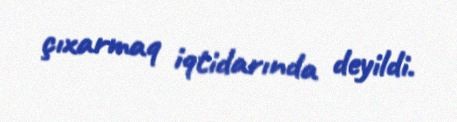
çıxarmaq iqtidarında deyildi.